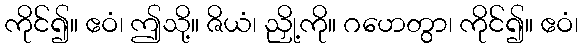
ကိုင်၍။ ဧဝံ၊ ဤသို့။ ဇိယံ၊ ညှို့ကို။ ဂဟေတွာ၊ ကိုင်၍။ ဧဝံ၊